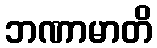
ဘဏာမာတိ